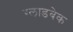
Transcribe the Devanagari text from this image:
ग्लाडबेक